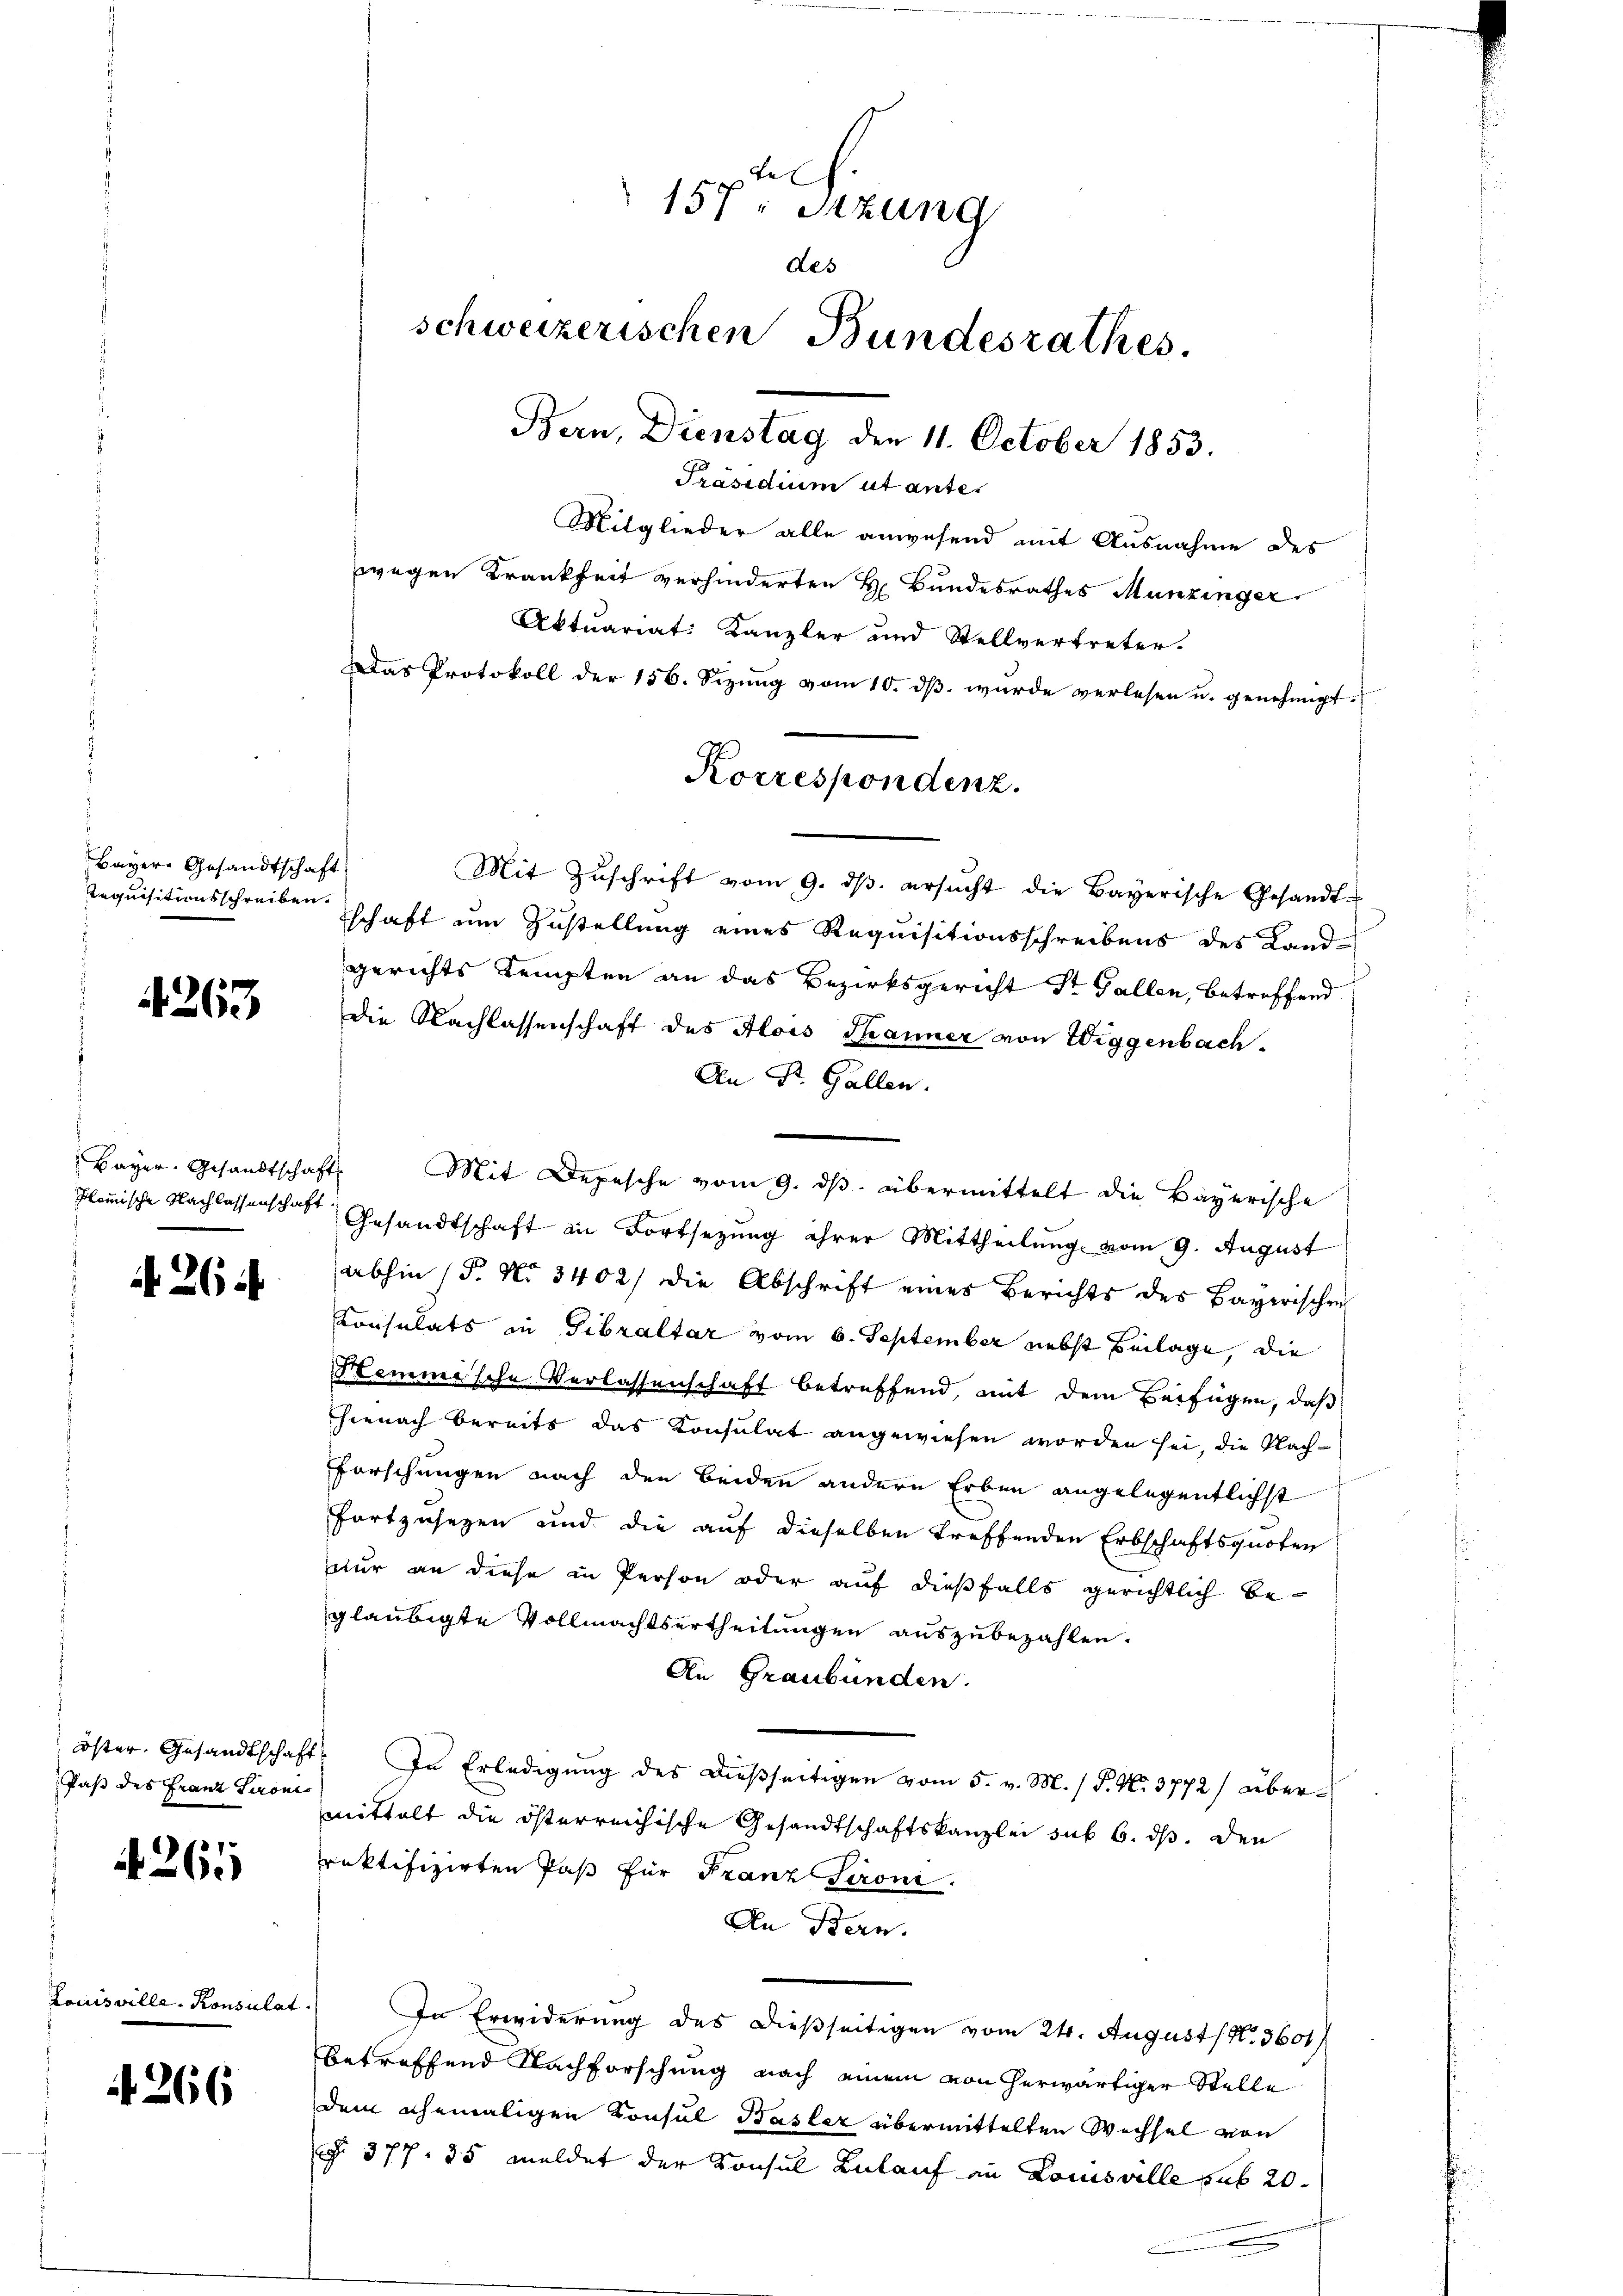
Bayern Gesandtschaft
Aequisitionsschreiben.

4263

slemische Nachlassenschaft

A. 264

öster Gesandtschaft
Paß des Franz Serones

4261

Louisville, Konsulat

A 266

Mitglieder alle anwesend mit Ausnahme des
wegen Krankheit verhinderten H. Bundesrathes Munzinger
Aktuariat: Kanzler und Stellvertreter.
Das Protokoll der 156. Sizung vom 10. dβ wurde verlesen u. genehmigt.
Mit Zŭschrift vom 9. dβ. ersŭcht die Bayerische Gesandt-
schaft um Zustellung eines Requisitionsschreibens des Land-
gerichts Kempten an das Bezirksgericht Dr. Gallen, betreffend
die Nachlassenschaft des Alois Thanner von Wiggenbach-
An St. Gallen.
Bayer. Gesandtschaft. Mit Depesche vom 9. ds. übermittelt die Bayerische
Gesandtschaft in Fortsezung ihrer Mittheilung vom 9. August
abhin (P. No 3402/ die Abschrift eines Berichts des Bayerischen
Konsulats in Gibraltar vom 6. September nebst Beilage, die
Stemmische Verlassenschaft betreffend, mit dem Beifügen, daß
hienach bereits das Konsulat angewiesen worden sei, die Nach-
Forschungen nach den beiden andern Erben angelegentlichst
fortzusezen und die auf dieselben treffenden Erbschaftsquoten
nur an diese in Person oder auf dießfalls gerichtlich begläubigte Vollmachtsertheilungen auszubezahlen.
An Graubünden.
1. In Erledigŭng des dießseitigen vom 5. v. M. / P. Nr. 3772) übermittelt die österreichische Gesandtschaftskanzlei sub 6. ds. den
rektifizirten Paß für Franz Sironi.
An Bern.
In Erwiderung des dießseitigen vom 24. August (N. 3601/
betreffend Nachforschung nach einem von herwärtiger Stelle
dem ehemaligen Konsul Basler übermittelten Wechsel von
§ 377. 35 meldet der Konsul Zulauf in Louisville sub 20

tel
157. Sitzung
des
schweizerischen Bundesrathes.
Bern, Dienstag den 11. October 1853.
Präsidium ut unter

Korrespondenz.